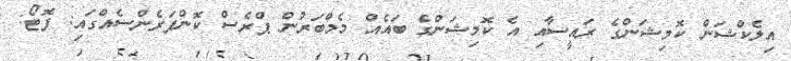
އިލެކްޝަން ކޮމިޝަންގެ ރައީސާއި އެ ކޮމިޝަންގެ ބައެއް މެމްބަރުން ޕްރެސް ކޮންފަރެންސެއްގައި: ފޮޓޯ: